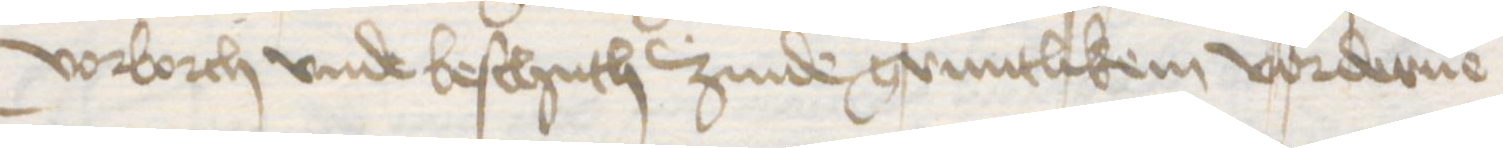
vorborch vnde beschuth zinde gruntlikem vorderue